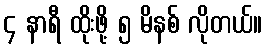
၄ နာရီ ထိုးဖို့ ၅ မိနစ် လိုတယ်။